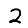
Digit: 2